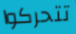
تتحركوا